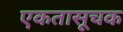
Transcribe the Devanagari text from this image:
एकतासूचक